Lunatic asylums Central Provinces reports 1886-1894 - 1886-1894
Year: 1886
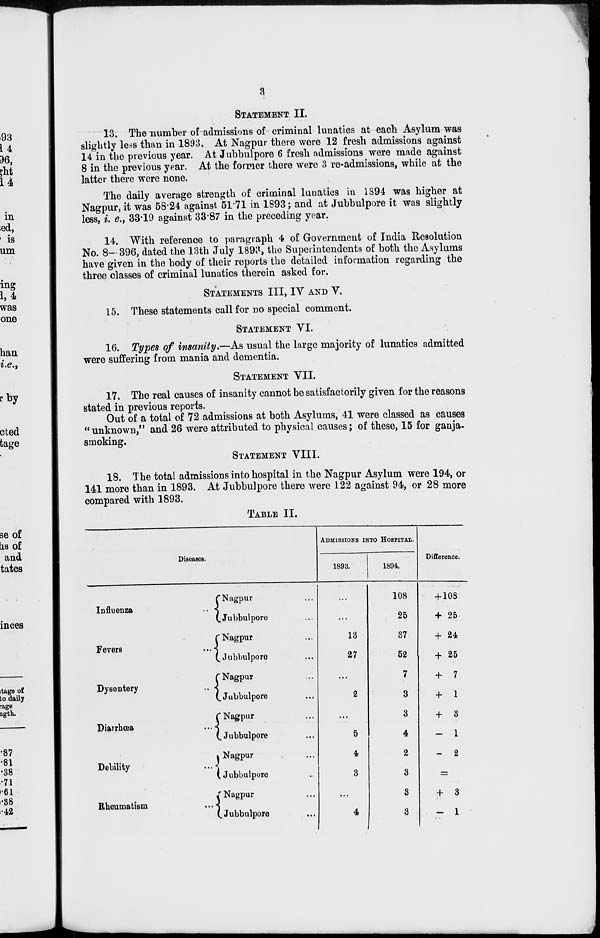
3
STATEMENT II.
13. The number of admissions of criminal lunatics at each Asylum was
slightly less than in 1893. At Nagpur there were 12 fresh admissions against
14 in the previous year. At Jubbulpore 6 fresh admissions were made against
8 in the previous year. At the former there were 3 re-admissions, while at the
latter there were none.
The daily average strength of criminal lunatics in 1894 was higher at
Nagpur, it was 58.24 against 51.71 in 1893; and at Jubbulpore it was slightly
less, i. e., 33.19 against 33.87 in the preceding year.
14. With reference to paragraph 4 of Government of India Resolution
No. 8—396, dated the 13th July 1893, the Superintendents of both the Asylums
have given in the body of their reports the detailed information regarding the
three classes of criminal lunatics therein asked for.
STATEMENTS III, IV AND V.
15. These statements call for no special comment.
STATEMENT VI.
16. Types of insanity,—As usual the large majority of lunatics admitted
were suffering from mania and dementia.
STATEMENT VII.
17. The real causes of insanity cannot be satisfactorily given for the reasons
stated in previous reports.
Out of a total of 72 admissions at both Asylums, 41 were classed as causes
"unknown," and 26 were attributed to physical causes; of these, 15 for ganja-
smoking.
STATEMENT VIII.
18. The total admissions into hospital in the Nagpur Asylum were 194, or
141 more than in 1893. At Jubbulpore there were 122 against 94, or 28 more
compared with 1893.
TABLE II.
Diseases.
Influenza ...
Fevers ...
Dysentery
...
Diarrhœa ...
Debility ...
Rheumatism
...
Nagpur ...
Jubbulpore ...
Nagpur ...
Jubbulpore ...
Nagpur ...
Jubbulpore ...
Nagpur ...
Jubbulpore ...
Nagpur ...
Jubbulpore ...
Nagpur ...
Jubbulpore ...
ADMISSIONS INTO HOSPITAL.
1893.
...
...
13
27
...
2
...
5
4
3
...
4
1894.
108
25
37
52
7
3
3
4
2
3
3
3
Difference.
+ 108
+ 25
+ 24
+ 25
+ 7
+ 1
+ 3
— 1
— 2
=
+ 3
— 1